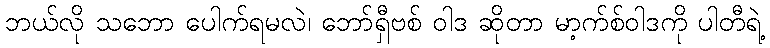
ဘယ်လို သဘော ပေါက်ရမလဲ၊ ဘော်ရှီဗစ် ဝါဒ ဆိုတာ မာ့က်စ်ဝါဒကို ပါတီရဲ့